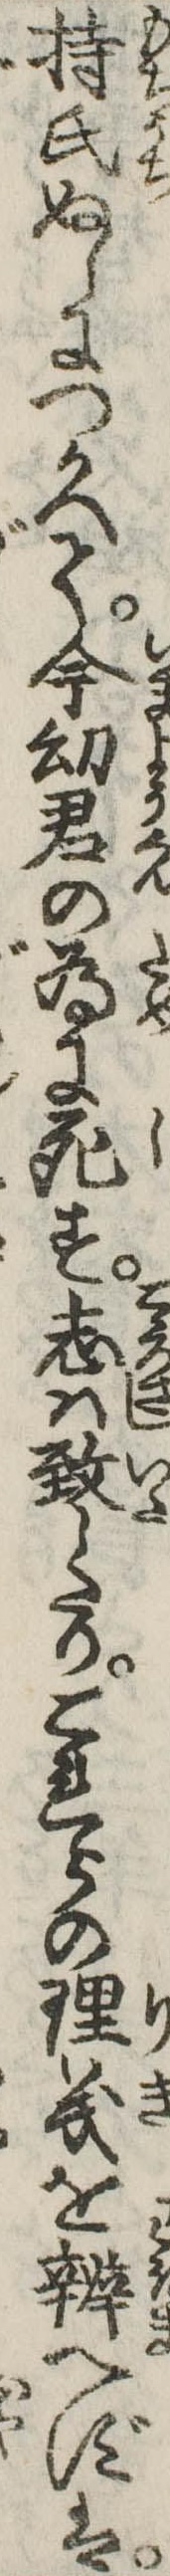
持氏ぬしにつかへて今幼君の為に死す志は致したりこれらの理義を弁へずは